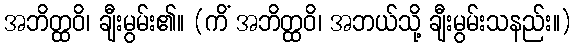
အဘိတ္ထဝိ၊ ချီးမွမ်း၏။ (ကိံ အဘိတ္ထဝိ၊ အဘယ်သို့ ချီးမွမ်းသနည်း။)